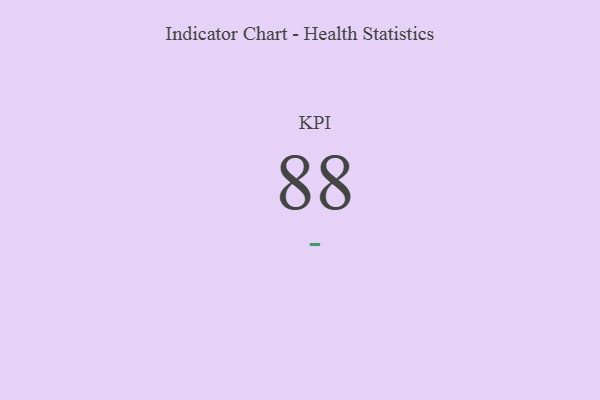
{"axis": {"x": "KPI", "y": "Value"}, "legend": [""], "data": [{"x": "KPI", "y": 88, "type": ""}]}